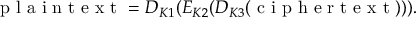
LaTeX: { \textrm { p l a i n t e x t } } = D _ { K 1 } ( E _ { K 2 } ( D _ { K 3 } ( { \textrm { c i p h e r t e x t } } ) ) ) .